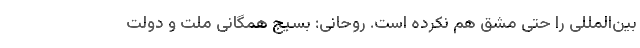
بین‌المللی را حتی مشق هم نکرده است. روحانی: بسیج همگانی ملت و دولت